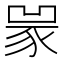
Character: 𧱃